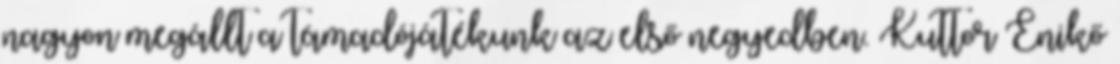
nagyon megállt a támadójátékunk az első negyedben. Kuttor Enikő